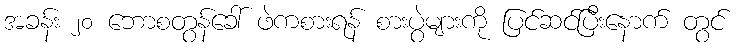
အခန်း ၂၀ ဘောစတွန်ခေါ် ဖဲကစားရန် စားပွဲများကို ပြင်ဆင်ပြီးနောက် တွင်